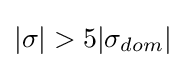
|\sigma |>5|\sigma _{dom}|